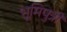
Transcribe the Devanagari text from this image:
भूमिपुत्री